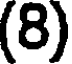
(8)